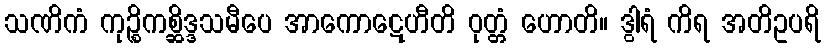
သဏိကံ ကုဉ္စိကစ္ဆိဒ္ဒသမီပေ အာကောဋေဟီတိ ဝုတ္တံ ဟောတိ။ ဒွါရံ ကိရ အတိဥပရိ